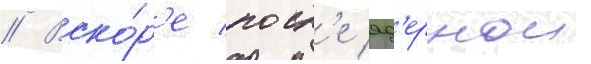
// Вско́р'е посл'е яд'ернои